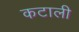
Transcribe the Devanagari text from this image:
कटाली